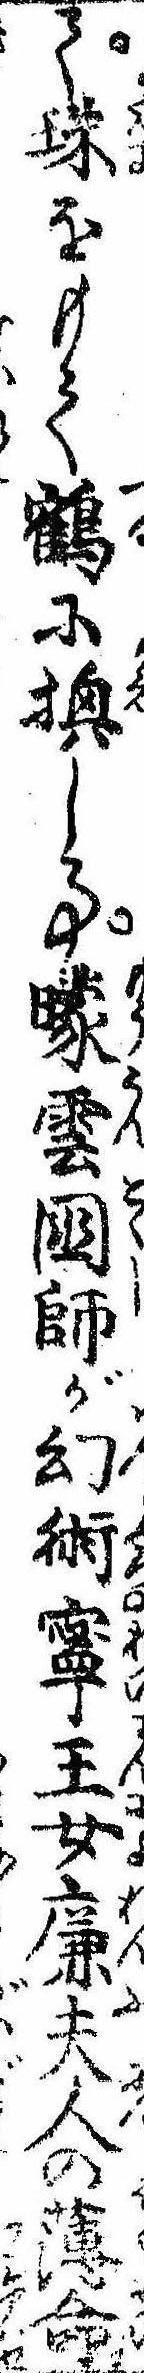
て珠をもて鶴に換し事曚雲国師が幻術寧王女廉夫人の薄命